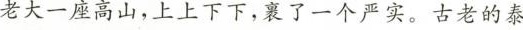
老大一座高山，上上下下,裹了一个严实。古老的泰